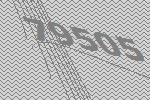
79505